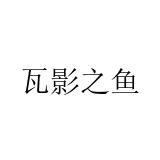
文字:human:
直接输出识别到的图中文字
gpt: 瓦影之鱼